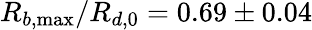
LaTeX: R_{b,\operatorname*{max}}/R_{d,0}=0.69\pm 0.04